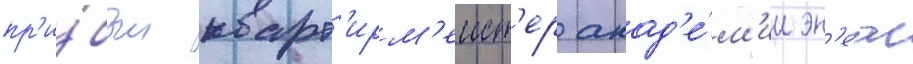
пр'и́был кварт'ирм'еист'ер акад'е́м'ии эн'еас